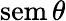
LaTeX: \operatorname{s\mathrm{e}m}\theta